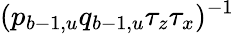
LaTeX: (p_{b-1,u}q_{b-1,u}\tau_{z}\tau_{x})^{-1}